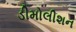
ડીમોલીશન